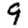
Digit: 9